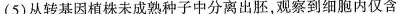
(5)从转基因植株未成熟种子中分离出胚，观察到细胞内仅含